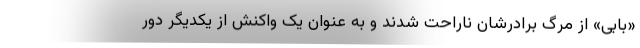
«بابی» از مرگ برادرشان ناراحت شدند و به عنوان یک واکنش از یکدیگر دور